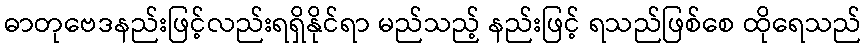
ဓာတုဗေဒနည်းဖြင့်လည်းရရှိနိုင်ရာ မည်သည့် နည်းဖြင့် ရသည်ဖြစ်စေ ထိုရေသည်